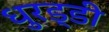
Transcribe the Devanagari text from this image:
धुरड्डी